Report on the lunatic asylums under the Government of Bombay - 1904-1913
Year: 1904
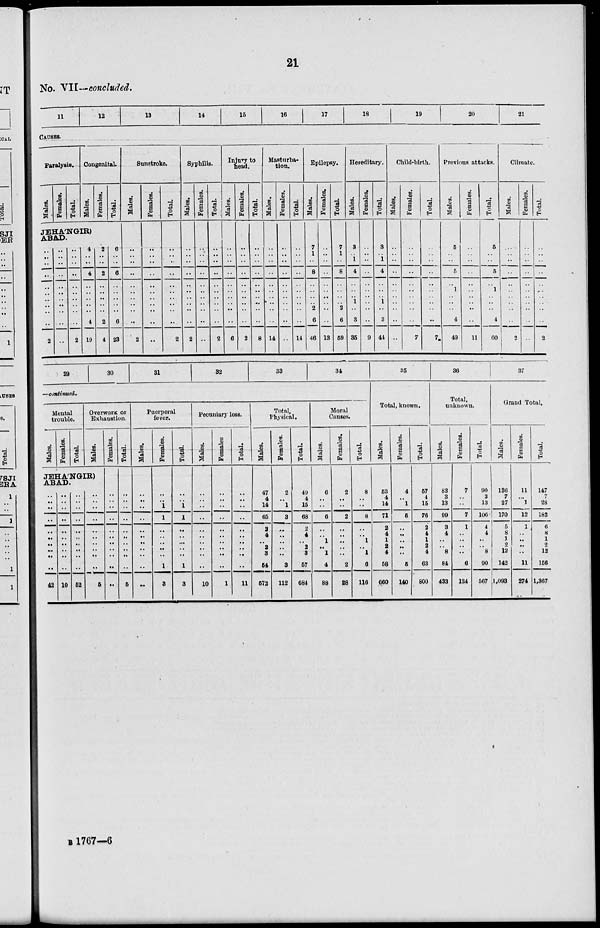
21
No. VII—concluded.
11
12
13
14
15
16
17
18
19
20
21
CAUSES.
Paralysis.
Males.
Females.
Total.
Congenital.
Males.
Females.
Total.
JEHA'NGIR)
ABAD.
..
..
..
..
..
..
..
..
..
..
2
..
..
..
..
..
..
..
..
..
..
..
..
..
..
..
..
..
..
..
..
..
2
4
..
..
4
..
..
..
..
..
4
19
2
..
..
2
..
..
..
..
..
2
4
6
..
..
6
..
..
..
..
..
6
23
Sunstroke.
Males.
..
..
..
..
..
..
..
..
..
..
2
Females.
..
..
..
..
..
..
..
..
..
..
..
Total.
..
..
..
..
..
..
..
..
..
..
2
Syphilis.
Males.
..
..
..
..
..
..
..
..
..
..
2
Females.
..
..
..
..
..
..
..
..
..
..
..
Total.
..
..
..
..
..
..
..
..
..
..
2
Injury to
head.
Males.
..
..
..
..
..
..
..
..
..
..
6
Females.
..
..
..
..
..
..
..
..
..
..
2
Total.
..
..
..
..
..
..
..
..
..
..
8
Masturba-
tion.
Males.
..
..
..
..
..
..
..
..
..
..
14
Females.
..
..
..
..
..
..
..
..
..
..
..
Total.
..
..
..
..
..
..
..
..
..
..
14
Epilepsy.
Males.
7
1
..
8
..
..
..
.. 2
6
46
Females.
..
..
..
..
..
..
..
.. ..
..
13
Total.
7
1
..
8
..
..
..
.. 2
6
59
Hereditary.
Males.
3
..
1
4
..
..
..
1
..
3
35
Females.
..
..
..
..
..
..
..
..
..
..
9
Total.
3
..
1
4
..
..
..
1
..
3
44
Child-birth.
Males.
..
..
..
..
..
..
..
..
..
..
..
Females.
..
..
..
..
..
..
..
..
..
..
7
Total.
..
..
..
..
..
..
..
..
..
..
7
Previous attacks.
Males.
5
..
..
5
..
1
..
..
..
4
49
Females.
..
..
..
..
..
..
..
..
..
..
11
Total.
5
..
..
5
..
1
..
..
..
4
60
Climate.
Males.
..
..
..
..
..
..
..
..
..
..
2
Females.
..
..
..
..
..
..
..
..
..
..
..
Total.
..
..
..
..
..
..
..
..
..
..
2
29
30
31
32
33
34
—continued.
Mental
trouble.
Males.
Females.
Total.
Overwork or
Exhaustion.
Males.
JEHA'NGIR)
ABAD.
..
..
..
..
..
..
.. ..
..
..
42
..
..
..
..
..
..
..
..
..
..
10
..
..
..
..
..
..
..
..
..
..
52
..
..
..
..
..
..
..
..
..
..
5
Females.
..
..
..
..
..
..
..
..
..
..
..
Total.
..
..
..
..
..
..
..
..
..
..
5
Puerperal
fever.
Males.
..
..
..
..
..
..
..
..
..
..
..
Females.
..
..
1
1
..
..
.. ..
..
1
3
Total.
..
.. 1
1
..
..
.. ..
..
1
3
Pecuniary loss.
Males.
..
..
..
..
..
..
.. ..
..
..
10
Females
..
..
..
..
..
..
.. ..
..
..
1
Total.
..
..
..
..
..
..
.. ..
..
..
11
Total,
Physical.
Males.
47
4
14
65
2
4
.. 2
3
54
572
Females.
2
..
1
3
..
..
.. ..
..
3
112
Total.
49
4
15
68
2
4
.. 2
3
57
684
Moral
Causes.
Males.
6
..
..
6
..
..
1
..
1
4
88
Females.
2
..
..
2
..
..
..
..
..
2
28
Total.
8
..
..
8
..
..
1
..
1
6
116
35
Total, known.
Males.
53
4
14
71
2
4
1
2
4
58
660
Females.
4
..
1
5
..
..
..
..
..
5
140
Total.
57
4
15
76
2
4
1
2
4
63
800
36
Total,
unknown.
Males.
83
3
13
99
3
4
..
..
8
84
433
Females.
7
..
..
7
1
..
..
..
..
6
134
Total.
90
3
13
106
4
4
..
..
8
90
567
37
Grand Total.
Males.
136
7
27
170
5
8
1
2
12
142
1,093
Females.
11
..
1
12
1
..
..
..
..
11
274
Total.
147
7
28
182
6
8
1
2
12
156
1,367